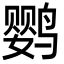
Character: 鹦